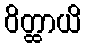
ဝိတ္ထာယိ